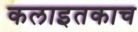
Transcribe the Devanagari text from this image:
कलाइतकाच